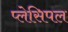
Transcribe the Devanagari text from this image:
प्लेसिपल